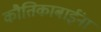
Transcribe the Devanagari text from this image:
कौतिकाबाईंना